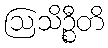
ဩသိဉ္စီတိ